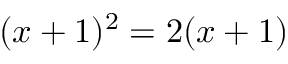
( x + 1 ) ^ { 2 } = 2 ( x + 1 )